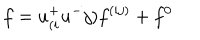
f = u _ { ( i } ^ { + } u ^ { - } { j ) } f ^ { ( i j ) } + f ^ { 0 } \nonumber \,